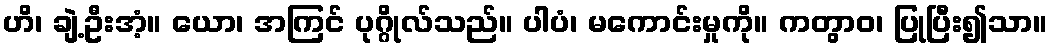
ဟိ၊ ချဲ့ဦးအံ့။ ယော၊ အကြင် ပုဂ္ဂိုလ်သည်။ ပါပံ၊ မကောင်းမှုကို။ ကတွာဝ၊ ပြုပြီး၍သာ။